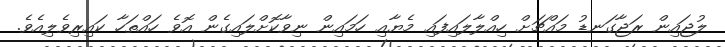
ލުޖައިން ރަޖާގަނޑު މައްޗަށް ހިއްލާލައިފައި މެޔާއި ހަމައިން ނިވާކޮށްލައިގެން އޮވެ ހައްތަހާ ކައިރިވެލިއެވެ.